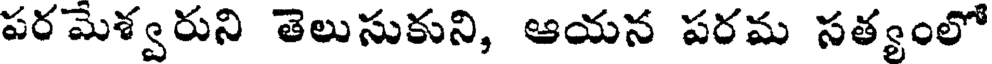
పరమెశ్వరుని తెలుసుకుని, ఆయన పరమ సత్యంలో